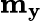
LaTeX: \mathbf{m_{y}}